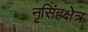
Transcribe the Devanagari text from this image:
नृसिंहक्षेत्र